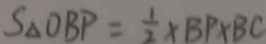
S _ { \Delta } O B P = \frac { 1 } { 2 } \times B P \times B C